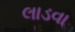
લાડવા